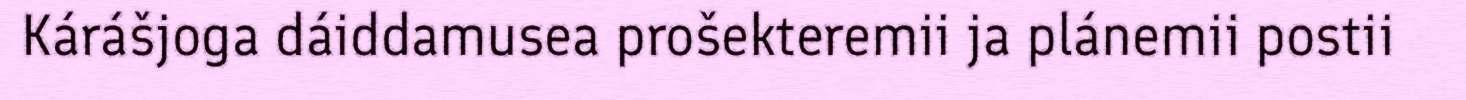
Kárášjoga dáiddamusea prošekteremii ja plánemii postii